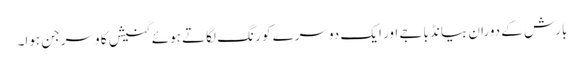
بارش کے دوران بیانڈ باجے اور ایک دوسرے کو رنگ لگاتے ہوئے گنیش کا وسرجن ہوا۔